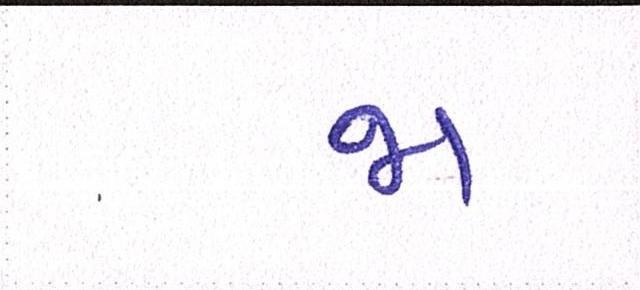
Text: જા